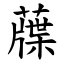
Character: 䕈